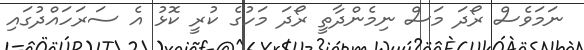
ނަމަވެސް ރޯދަ މަސް ނިމެންދާތީ ރޯދަ މަހުގެ ކުރީ ކޮޅު އެ ސަރަހައްދުގައި